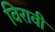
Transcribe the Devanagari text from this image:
विरावी